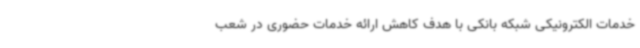
خدمات الکترونیکی شبکه بانکی با هدف کاهش ارائه خدمات حضوری در شعب